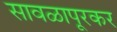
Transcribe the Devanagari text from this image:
सावळापूरकर